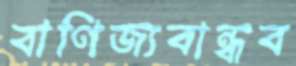
বাণিজ্যবান্ধব